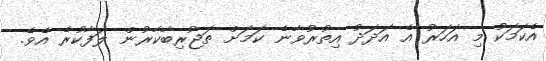
އެކަމަކު މި އަހަރު އެ އަދަދު އިތުރުވާނެ ކަމަށް ތަޖުރިބާކާރުން ލަފާކުރެ އެވެ.